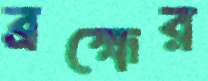
ব্রহ্মের